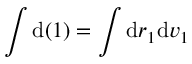
\int \mathrm { d } ( 1 ) = \int \mathrm { d } \boldsymbol { r } _ { 1 } \mathrm { d } \boldsymbol { v } _ { 1 }